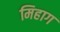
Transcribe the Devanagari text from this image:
मिहाग